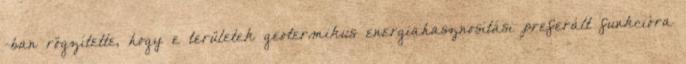
-ban rögzítette, hogy e területek geotermikus energiahasznosítási preferált funkcióra